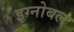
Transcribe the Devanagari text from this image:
इग्नोबल